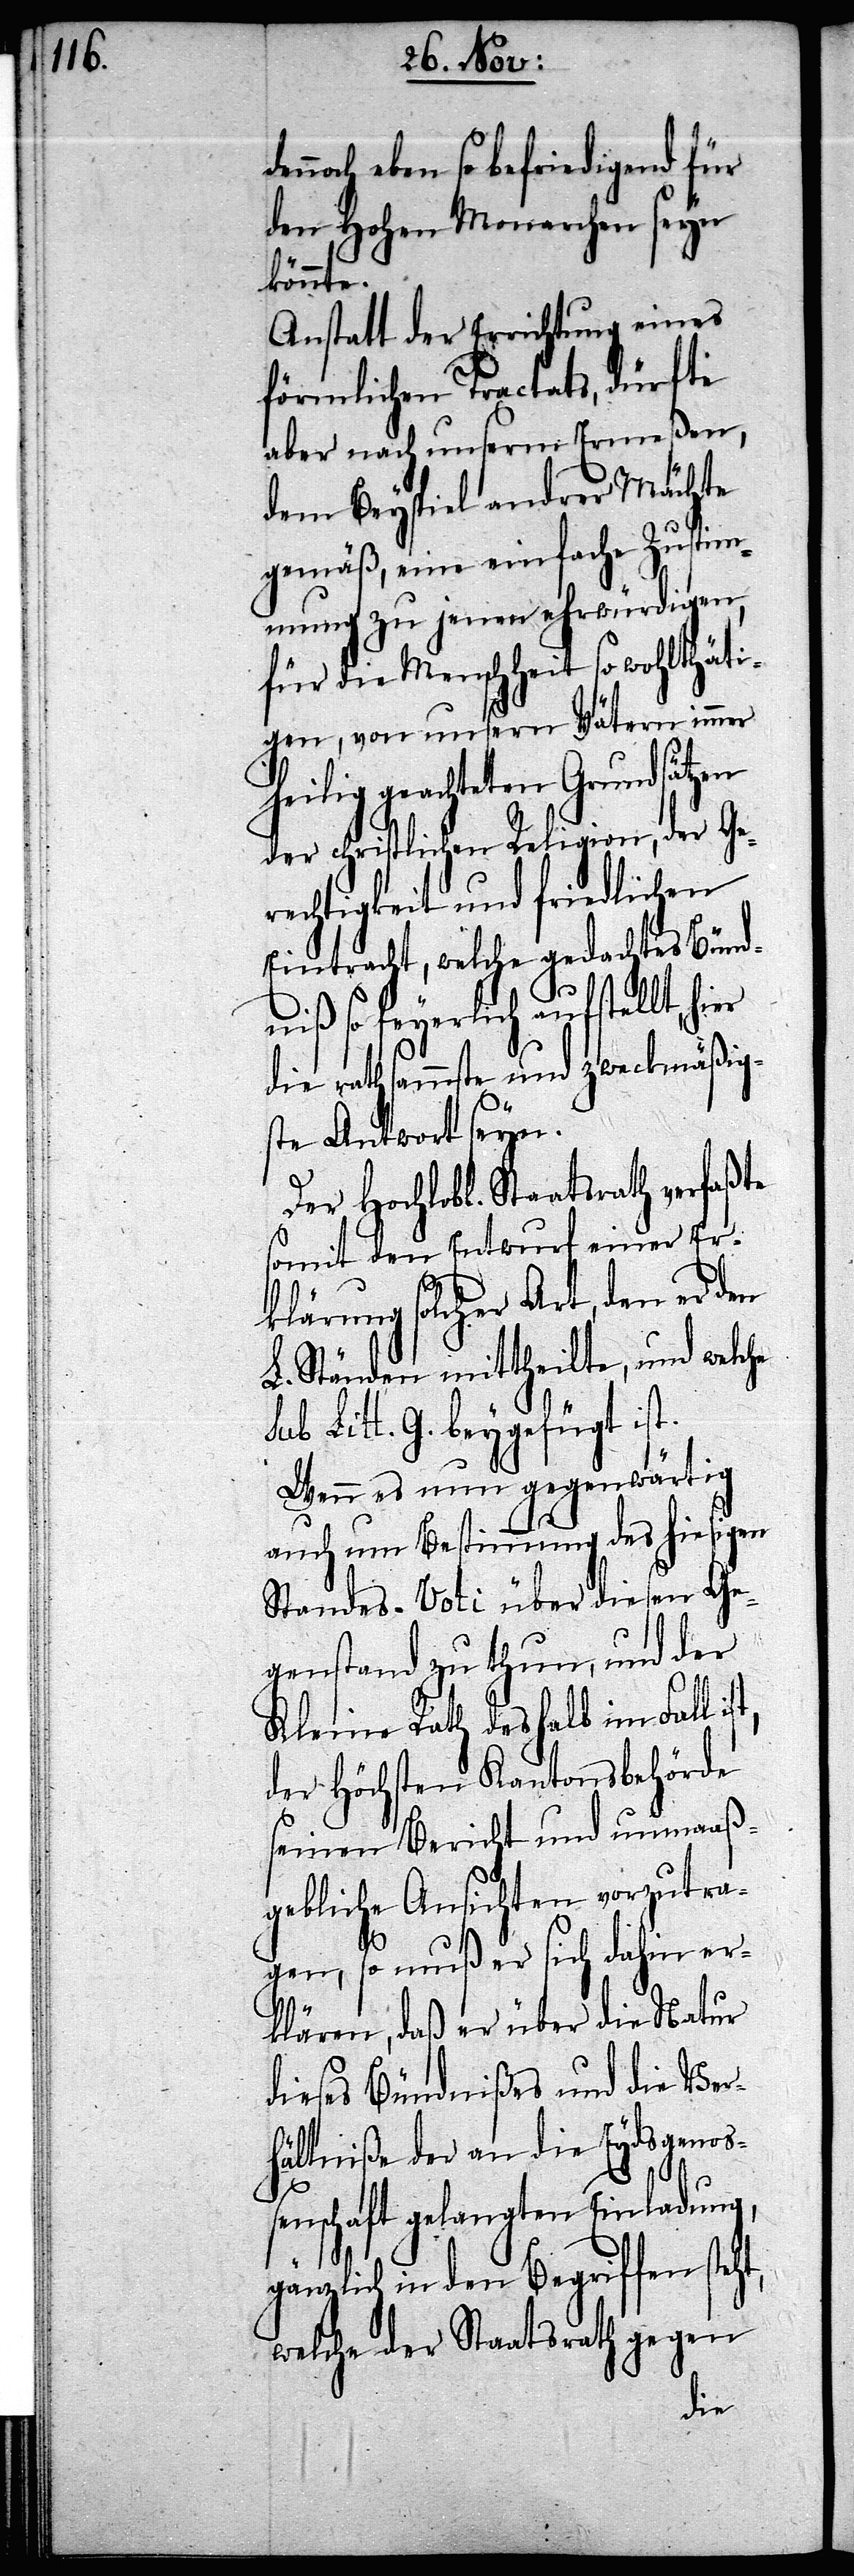
nnoch eben so befriedigend für
den Hohen Monarchen seyn
könnte.
Anstatt der Errichtung eines
förmlichen Tractats, dürfte
aber nach unserm Ermeßen,
dem Beyspiel andrer Mächte
gemäß, eine einfache Zustim¬
mung zu jenen ehrwürdigen,
für die Menschheit so wohltäti¬
gen, von unsern Vätern immer
heilig geachteten Grundsätzen
der christlichen Religion, der Ge¬
rechtigkeit und friedlichen
Eintracht, welche gedachtes Bünd¬
niß so feyerlich aufstellt,
die rathsammste und zweckmäßig¬
ste Antwort seyn.
Der Hochlobl. Staatsrath verfaßte
somit den Entwurf einer Er¬
t,
klärung solcher Art, den er den
L. Ständen mittheilte, und welche
Litt. G. beygefügt ist.
Wenn es nun gegenwärtig
auch um Bestimmung des hiesigen
Standes-Voti über diesen Ge¬
genstand zu thun, und der
Kleine Rath deßhalb im Fall is¬
der Höchsten Kantonsbehörde
seinen Bericht und unmaaß¬
gebliche Ansichten vorzutra¬
gen, so muß er sich dahin er¬
klären, daß er über die Natur
dieses Bündnißes und die Ver¬
hältniße der an die Eydsgenoß¬
enschaft gelangten Einladung,
gänzlich in den Begriffen steht,
welche der Staatsrath gegen
de¬